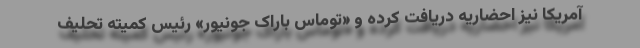
آمریکا نیز احضاریه دریافت کرده و «توماس باراک جونیور» رئیس کمیته تحلیف